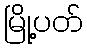
မြို့ပတ်